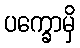
ပက္ခောမှိ